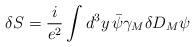
LaTeX: \begin{align*}\delta S = \frac{i}{e^2} \int d^3 y\, \bar\psi \gamma_M \delta D_M \psi\end{align*}